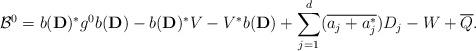
LaTeX: \begin{align*}\mathcal{B}^0 =b(\mathbf{D})^*g^0b(\mathbf{D})-b(\mathbf{D})^*V-V^*b(\mathbf{D})+\sum \limits _{j=1}^d (\overline{a_j+a_j^*})D_j-W+\overline{Q}.\end{align*}